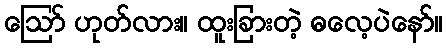
ဪ ဟုတ်လား။ ထူးခြားတဲ့ ဓလေ့ပဲနော်။